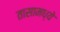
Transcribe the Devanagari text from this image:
तासामध्ये